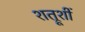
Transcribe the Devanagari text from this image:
शत्रूशीं